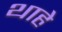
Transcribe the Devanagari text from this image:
थाहे